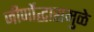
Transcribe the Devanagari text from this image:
जीर्णोद्धारामुळे